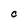
Character: C